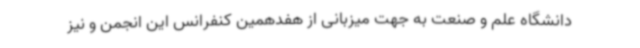
دانشگاه علم و صنعت به جهت میزبانی از هفدهمین کنفرانس این انجمن و نیز